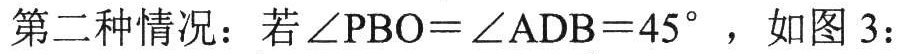
第二种情况：若\(\angle PBO = \angle ADB = 45^{\circ}\)，如图 3：